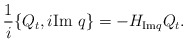
\begin{align*}\frac{1}{i}\{Q_t,i\textrm{Im }q\}=-H_{\textrm{Im}q}Q_t.\end{align*}